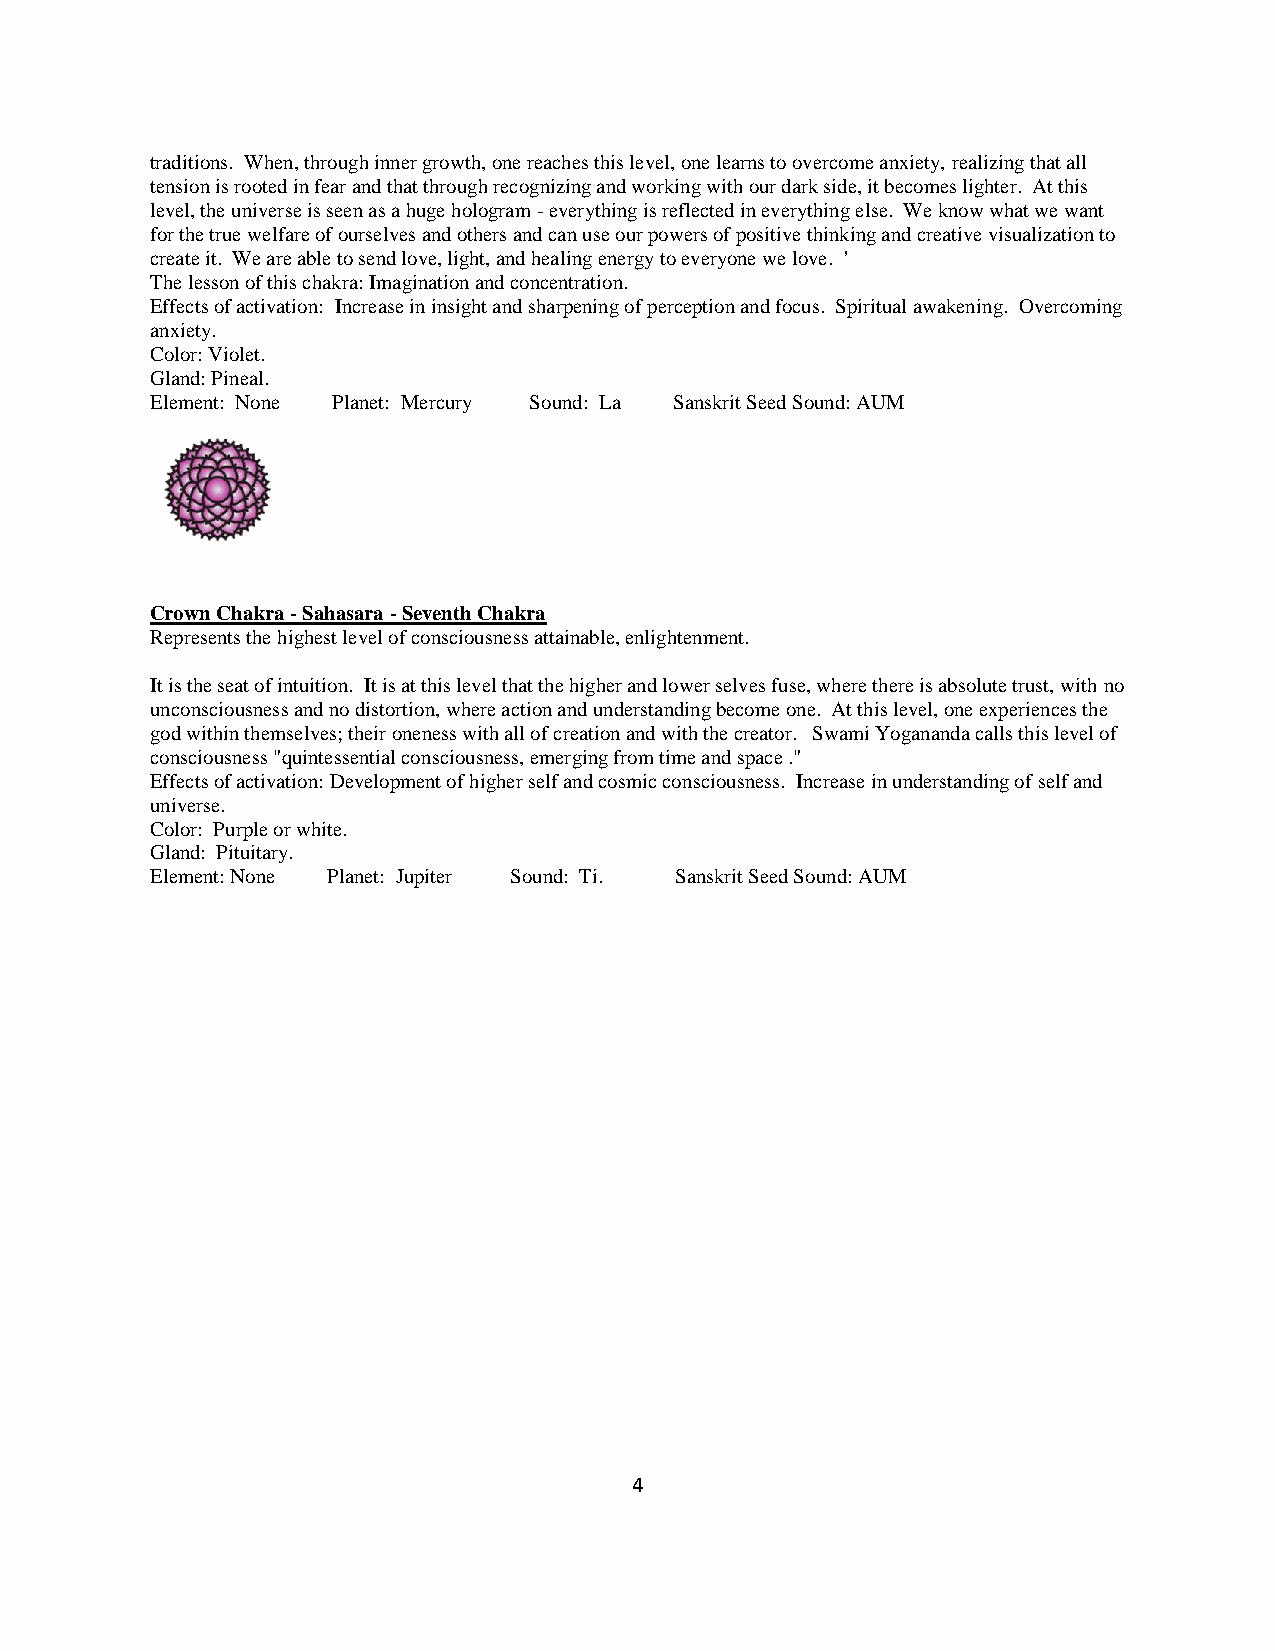
traditions. When, through inner growth, one reaches this level, one learns to overcome anxiety, realizing that all
 tension is rooted in fear and that through recognizing and working with our dark side, it becomes lighter. At this
 level, the universe is seen as a huge hologram - everything is reflected in everything else. We know what we want
 for the true welfare of ourselves and others and can use our powers of positive thinking and creative visualization to
 create it. We are able to send love, light, and healing energy to everyone we love. '
 The lesson of this chakra: Imagination and concentration.
 Effects of activation: Increase in insight and sharpening of perception and focus. Spiritual awakening. Overcoming
 anxiety.
 Color: Violet.
 Gland: Pineal.
 Element: None Planet: Mercury Sound: La Sanskrit Seed Sound: AUM
 Crown Chakra - Sahasara - Seventh Chakra
 Represents the highest level of consciousness attainable, enlightenment.
 It is the seat of intuition. It is at this level that the higher and lower selves fuse, where there is absolute trust, with no
 unconsciousness and no distortion, where action and understanding become one. At this level, one experiences the
 god within themselves; their oneness with all of creation and with the creator. Swami Yogananda calls this level of
 consciousness "quintessential consciousness, emerging from time and space ."
 Effects of activation: Development of higher self and cosmic consciousness. Increase in understanding of self and
 universe.
 Color: Purple or white.
 Gland: Pituitary.
 Element: None Planet: Jupiter Sound: Ti. Sanskrit Seed Sound: AUM
 4